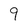
Character: 9